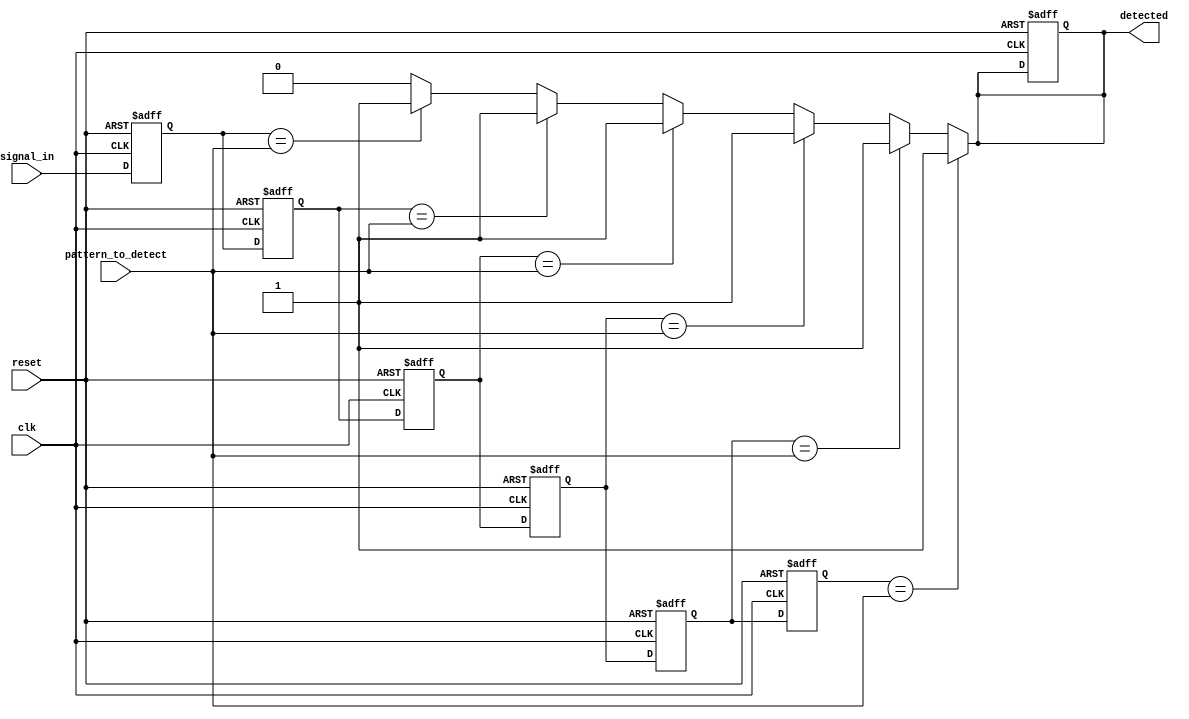
module MemoryBlocksSamplingDelayLineDetector #(
    parameter NUM_BLOCKS = 8,         // Number of memory blocks
    parameter DATA_WIDTH = 1,         // Width of the input signal
    parameter PATTERN_WIDTH = 3,      // Width of the pattern to detect
    parameter SAMPLE_DELAY = 2         // Delay in clock cycles for detection
)(
    input wire clk,                   // Clock signal
    input wire reset,                 // Reset signal
    input wire [DATA_WIDTH-1:0] signal_in,  // Input signal to sample
    input wire [PATTERN_WIDTH-1:0] pattern_to_detect, // Pattern to detect
    output reg detected               // Detection output
);

    // Memory blocks (registers)
    reg [DATA_WIDTH-1:0] delay_line [0:NUM_BLOCKS-1];

    integer i;

    // Sampling mechanism
    always @(posedge clk or posedge reset) begin
        if (reset) begin
            // Reset memory blocks
            for (i = 0; i < NUM_BLOCKS; i = i + 1) begin
                delay_line[i] <= 0;
            end
            detected <= 0; // Reset detection signal
        end else begin
            // Shift the delay line
            for (i = NUM_BLOCKS-1; i > 0; i = i - 1) begin
                delay_line[i] <= delay_line[i-1];
            end
            // Sample the input signal into the first memory block
            delay_line[0] <= signal_in;
        end
    end

    // Comparator logic for detecting the pattern
    always @(*) begin
        detected = 0; // Default to not detected
        for (i = 0; i < NUM_BLOCKS - SAMPLE_DELAY; i = i + 1) begin
            if (delay_line[i] == pattern_to_detect) begin
                detected = 1; // Pattern detected
            end
        end
    end

endmodule